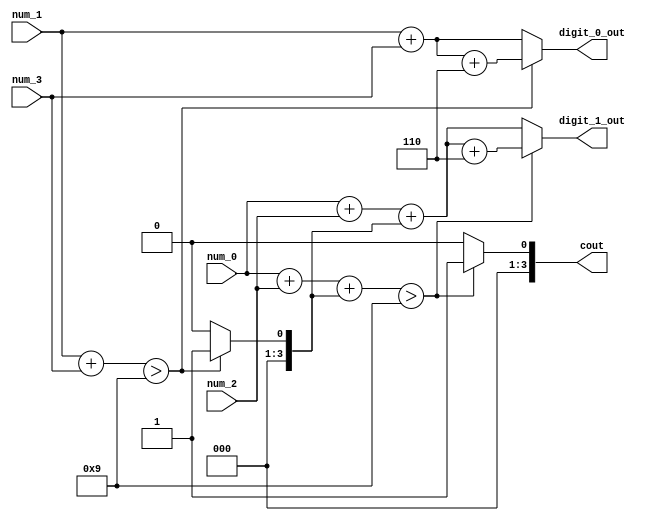
`timescale 1ns / 1ps
//////////////////////////////////////////////////////////////////////////////////
// Company: 
// Engineer: 
// 
// Design Name: 
// Module Name: dec_adder
// Project Name: 
// Target Devices: 
// Tool Versions: 
// Description: 
// 
// Dependencies: 
// 
// Revision:
// Revision 0.01 - File Created
// Additional Comments:
// 
//////////////////////////////////////////////////////////////////////////////////


module dec_adder(
    cout, 
    num_0, 
    num_1,
    num_2,
    num_3,
    digit_0_out,
    digit_1_out
    );
    output reg [3:0] cout;
    output reg [3:0] digit_0_out, digit_1_out;
    input [3:0] num_0, num_1, num_2, num_3;
    
    reg [3:0] carry_tmp;

    wire [4:0] num_tmp_0, num_tmp_1;

    assign num_tmp_0 = num_1 + num_3;
    assign num_tmp_1 = num_0 + num_2 + carry_tmp;

    always@(*)
    begin
        if (num_tmp_0 > 4'd9)
            begin
            carry_tmp = 4'd1;
            digit_0_out = num_1 + num_3 + 4'd6;
            end
        else
            begin
            carry_tmp = 4'd0;
            digit_0_out = num_1 + num_3;
            end
    end

    always@(*)
    begin
        if (num_tmp_1 > 4'd9)
            begin
            cout = 4'd1;
            digit_1_out = num_0 + num_2 + carry_tmp + 4'd6;
            end
        else
            begin
            cout = 4'd0;
            digit_1_out = num_0 + num_2 + carry_tmp;
            end
    end
endmodule